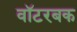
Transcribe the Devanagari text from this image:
वॉटरबक